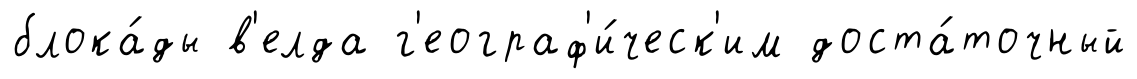
блока́ды в'елда г'еограф'и́ческ'им доста́точный